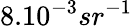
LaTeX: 8.10^{-3}sr^{-1}